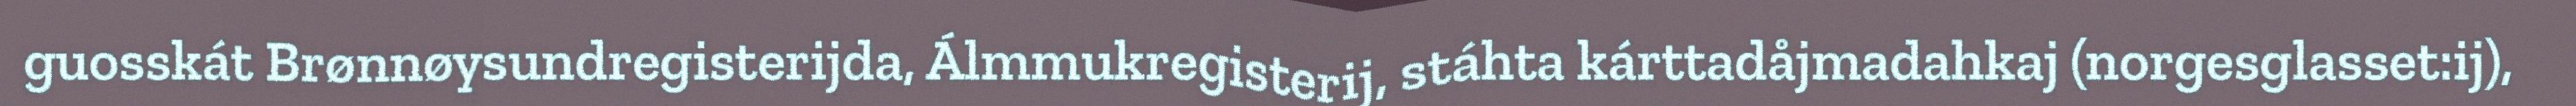
guosskát Brønnøysundregisterijda, Álmmukregisterij, stáhta kárttadåjmadahkaj (norgesglasset:ij),